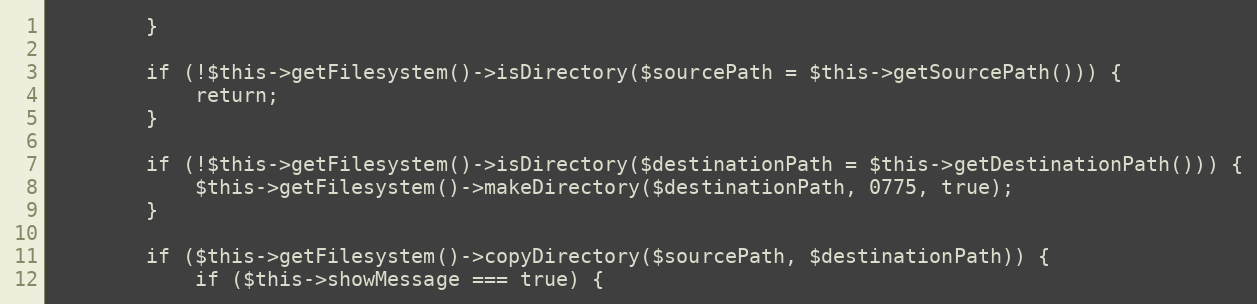
Language: PHP
        }

        if (!$this->getFilesystem()->isDirectory($sourcePath = $this->getSourcePath())) {
            return;
        }

        if (!$this->getFilesystem()->isDirectory($destinationPath = $this->getDestinationPath())) {
            $this->getFilesystem()->makeDirectory($destinationPath, 0775, true);
        }

        if ($this->getFilesystem()->copyDirectory($sourcePath, $destinationPath)) {
            if ($this->showMessage === true) {